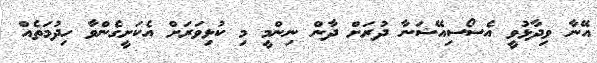
އޭނާ ވިދާޅުވީ އެސޯސިއޭޝަނާ ދުރަށް ދާން ނިންމީ މި ކުޅިވަރަށް އެކަށީގެންވާ ހިދުމަތެއް